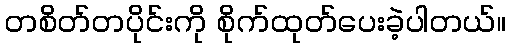
တစိတ်တပိုင်းကို စိုက်ထုတ်ပေးခဲ့ပါတယ်။